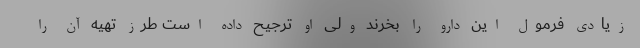
زیادی فرمول این دارو را بخرند ولی او ترجیح داده است طرز تهیه آن را